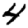
Digit: 4